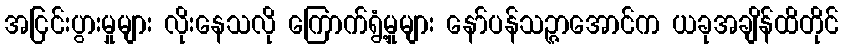
အငြင်းပွားမှုများ လိုးနေသလို ကြောက်ရွံ့မှုများ နော်ပန်သဉ္ဇာအောင်က ယခုအချိန်ထိတိုင်